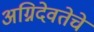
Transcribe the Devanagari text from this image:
अग्निदेवतेचे